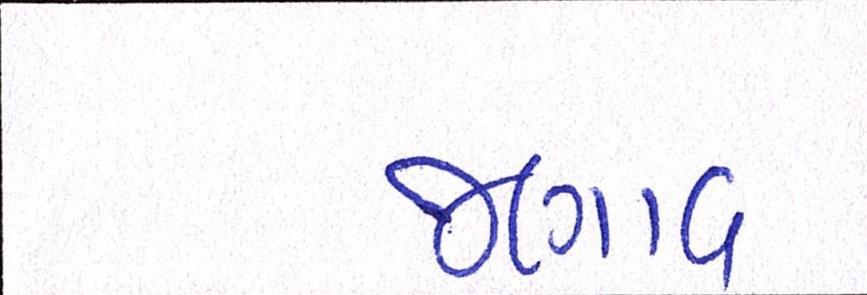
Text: જણાવ